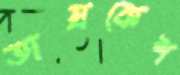
তাম্রকেশ